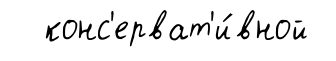
конс'ерват'и́вной